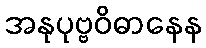
အနုပုဗ္ဗဝိဓာနေန